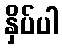
နှိပ်ပါ